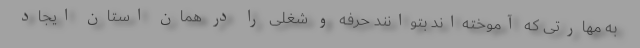
به مهارتی که آموخته‌اند بتوانند حرفه و شغلی را در همان استان ایجاد